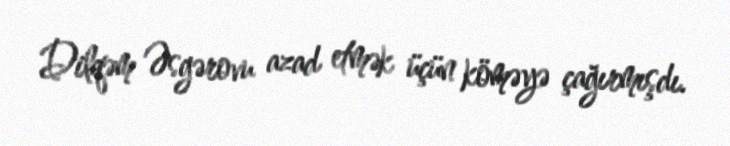
Dilqəm Əsgərovu azad etmək üçün köməyə çağırmışdı.